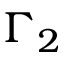
\Gamma _ { 2 }